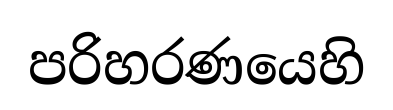
පරිහරණයෙහි